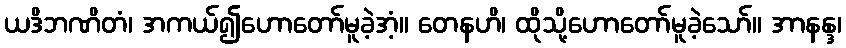
ယဒိဘဏိတံ၊ အကယ်၍ဟောတော်မူခဲ့အံ့။ တေနဟိ၊ ထိုသို့ဟောတော်မူခဲ့သော်။ အာနန္ဒ၊